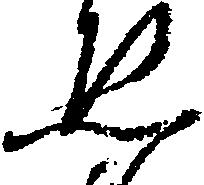
ゑ